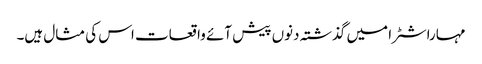
مہاراشٹرا میں گذشتہ دنوں پیش آئے واقعات اس کی مثال ہیں۔